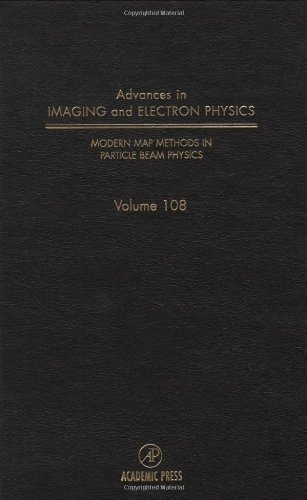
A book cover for Modern Map Methods in Particle Beam Physics, Volume 108 (Advances in Imaging and Electron Physics); Science & Math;